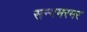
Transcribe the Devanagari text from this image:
सन्गमरमर